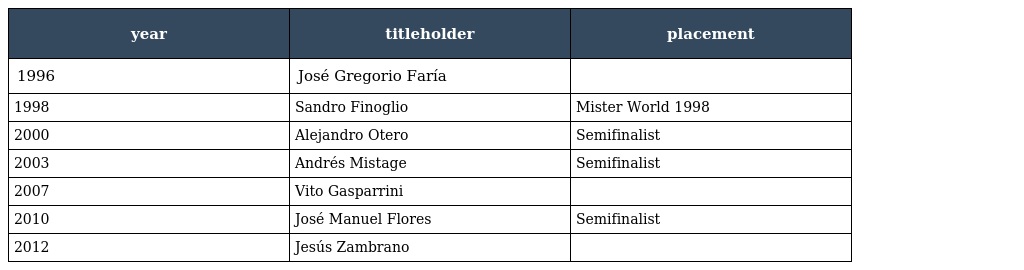
| year | titleholder | placement |
 | --- | --- | --- |
 | 1996 | José Gregorio Faría |  |
 | 1998 | Sandro Finoglio | Mister World 1998 |
 | 2000 | Alejandro Otero | Semifinalist |
 | 2003 | Andrés Mistage | Semifinalist |
 | 2007 | Vito Gasparrini |  |
 | 2010 | José Manuel Flores | Semifinalist |
 | 2012 | Jesús Zambrano |  |